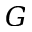
G